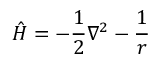
{ \hat { H } } = - { { \frac { 1 } { 2 } } \nabla ^ { 2 } } - { \frac { 1 } { r } }